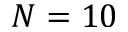
N = 1 0